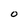
Character: O